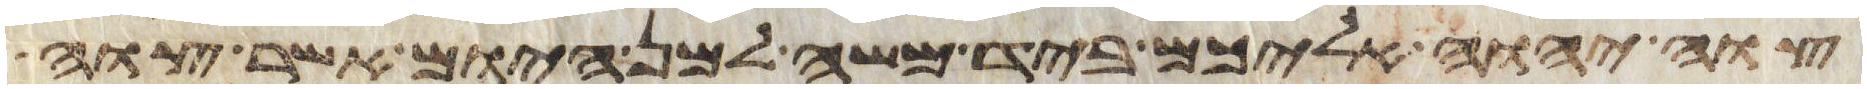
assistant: צוה יהוה אליכם ביד משה למן היום אשר צוה